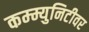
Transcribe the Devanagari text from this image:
कम्म्युनिटीवर